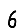
Digit: 6